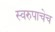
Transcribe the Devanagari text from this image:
स्वरुपाचेच